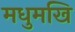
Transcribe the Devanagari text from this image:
मधुमखि